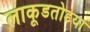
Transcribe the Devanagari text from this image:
लाकूडतोडया